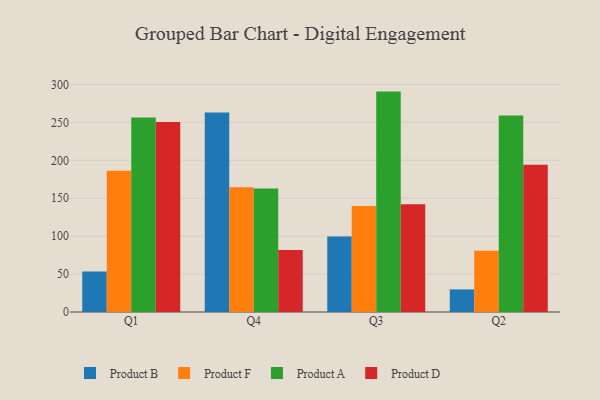
{"axis": {"x": "Quarter", "y": "Revenue (USD Million)"}, "legend": ["Product A", "Product B", "Product D", "Product F"], "data": [{"x": "Q1", "y": 53.5, "type": "Product B"}, {"x": "Q1", "y": 186.3, "type": "Product F"}, {"x": "Q1", "y": 256.4, "type": "Product A"}, {"x": "Q1", "y": 250.4, "type": "Product D"}, {"x": "Q4", "y": 262.9, "type": "Product B"}, {"x": "Q4", "y": 164.5, "type": "Product F"}, {"x": "Q4", "y": 162.9, "type": "Product A"}, {"x": "Q4", "y": 81.7, "type": "Product D"}, {"x": "Q3", "y": 99.4, "type": "Product B"}, {"x": "Q3", "y": 139.9, "type": "Product F"}, {"x": "Q3", "y": 290.6, "type": "Product A"}, {"x": "Q3", "y": 142.2, "type": "Product D"}, {"x": "Q2", "y": 29.8, "type": "Product B"}, {"x": "Q2", "y": 80.6, "type": "Product F"}, {"x": "Q2", "y": 259.1, "type": "Product A"}, {"x": "Q2", "y": 194.2, "type": "Product D"}]}